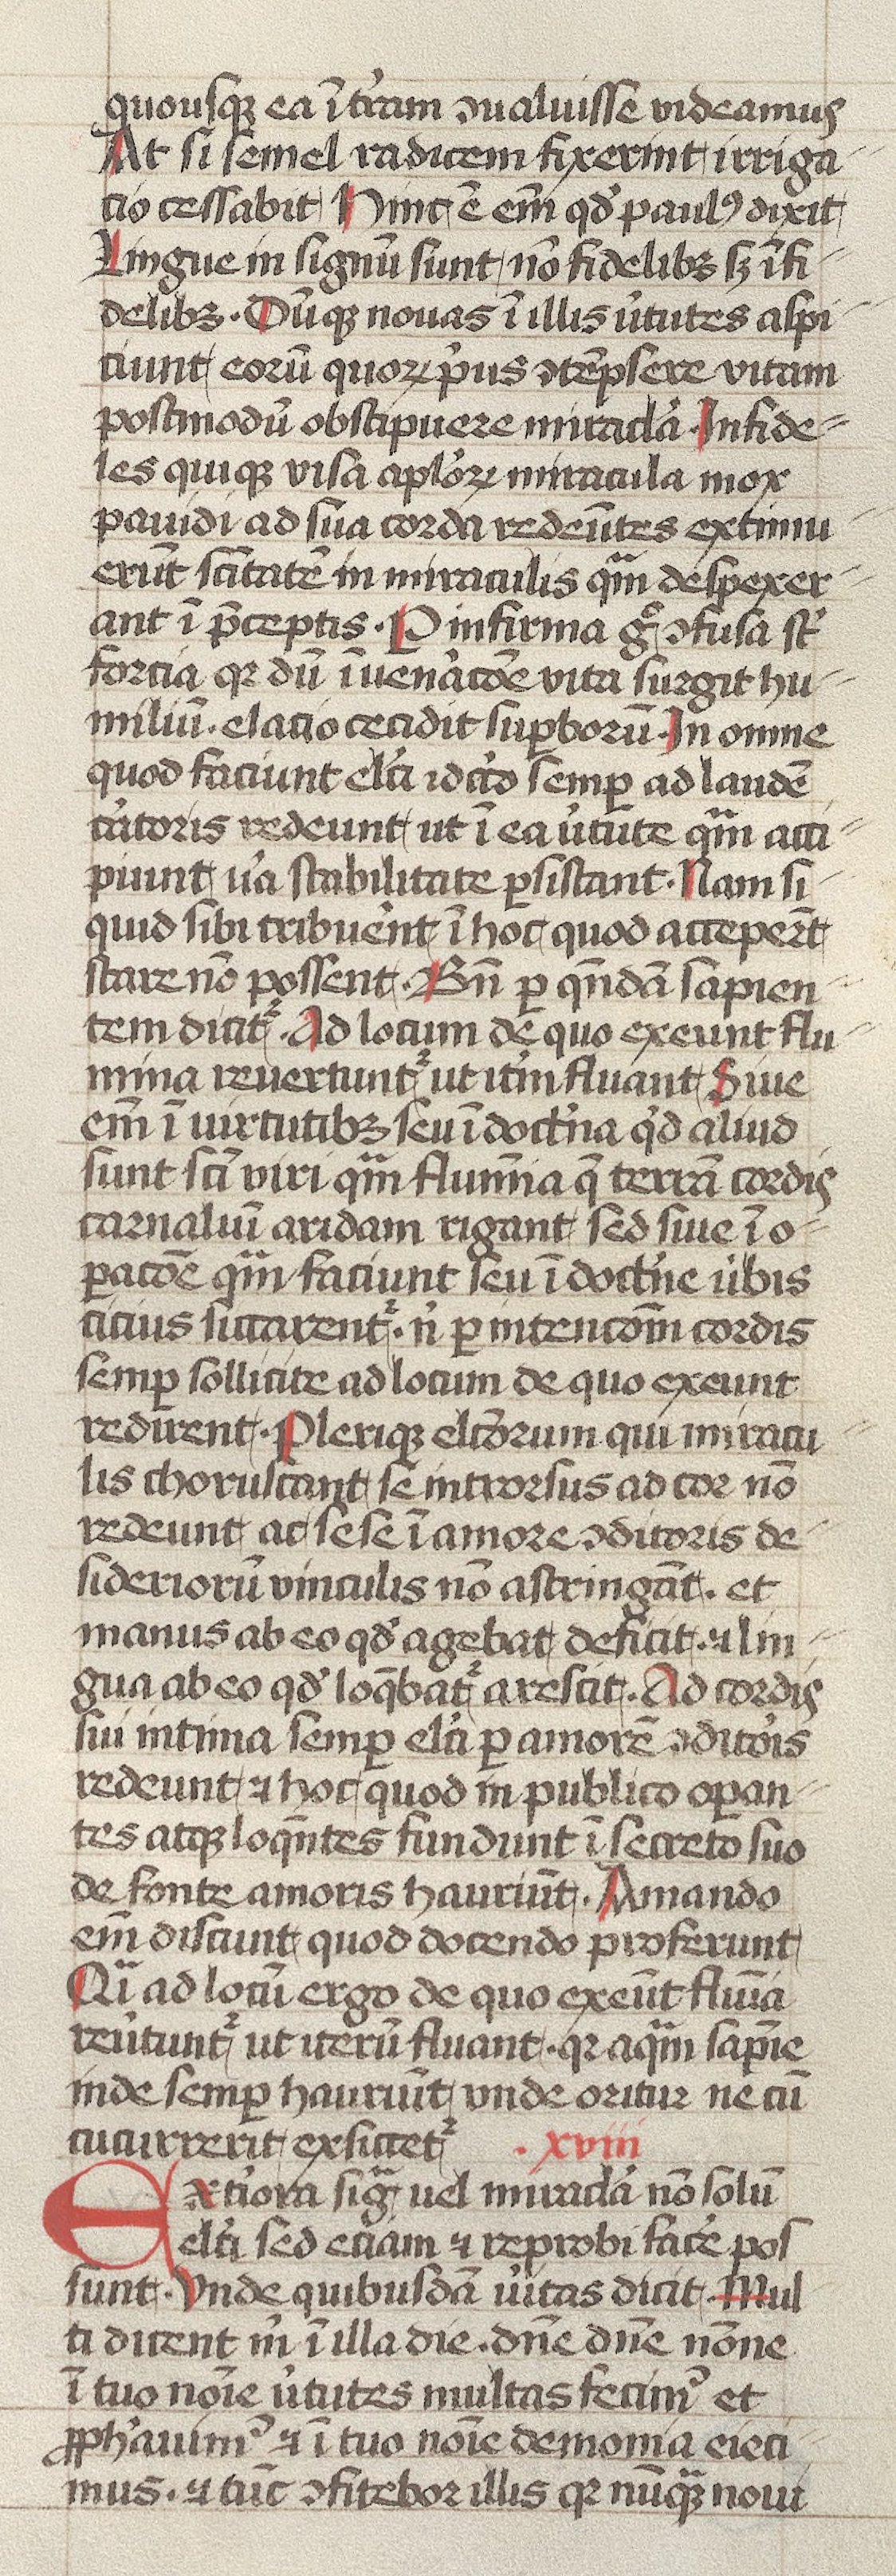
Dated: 1400–1499